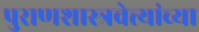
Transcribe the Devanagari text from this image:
पुराणशास्त्रवेत्त्यांच्या